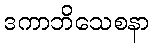
ဒကာဘိသေစနာ